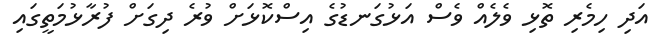
އަދި ހިމެރި ތޮޅި ވެލެއް ވެސް އަޅުގަނޑުގެ އިސްކޮޅަށް ވުރެ ދިގަށް ފުރާޅުމަތީގައި